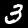
Digit: 3